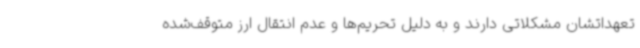
تعهداتشان مشکلاتی دارند و به دلیل تحریم‌ها و عدم انتقال ارز متوقف‌شده